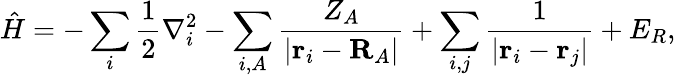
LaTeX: \hat{H}=-\sum_{i}\frac{1}{2}\nabla_{i}^{2}-\sum_{i,A}\frac{Z_{A}}{|\mathbf{r}_{i}-\mathbf{R}_{A}|}+\sum_{i,j}\frac{1}{|\mathbf{r}_{i}-\mathbf{r}_{j}|}+E_{R},